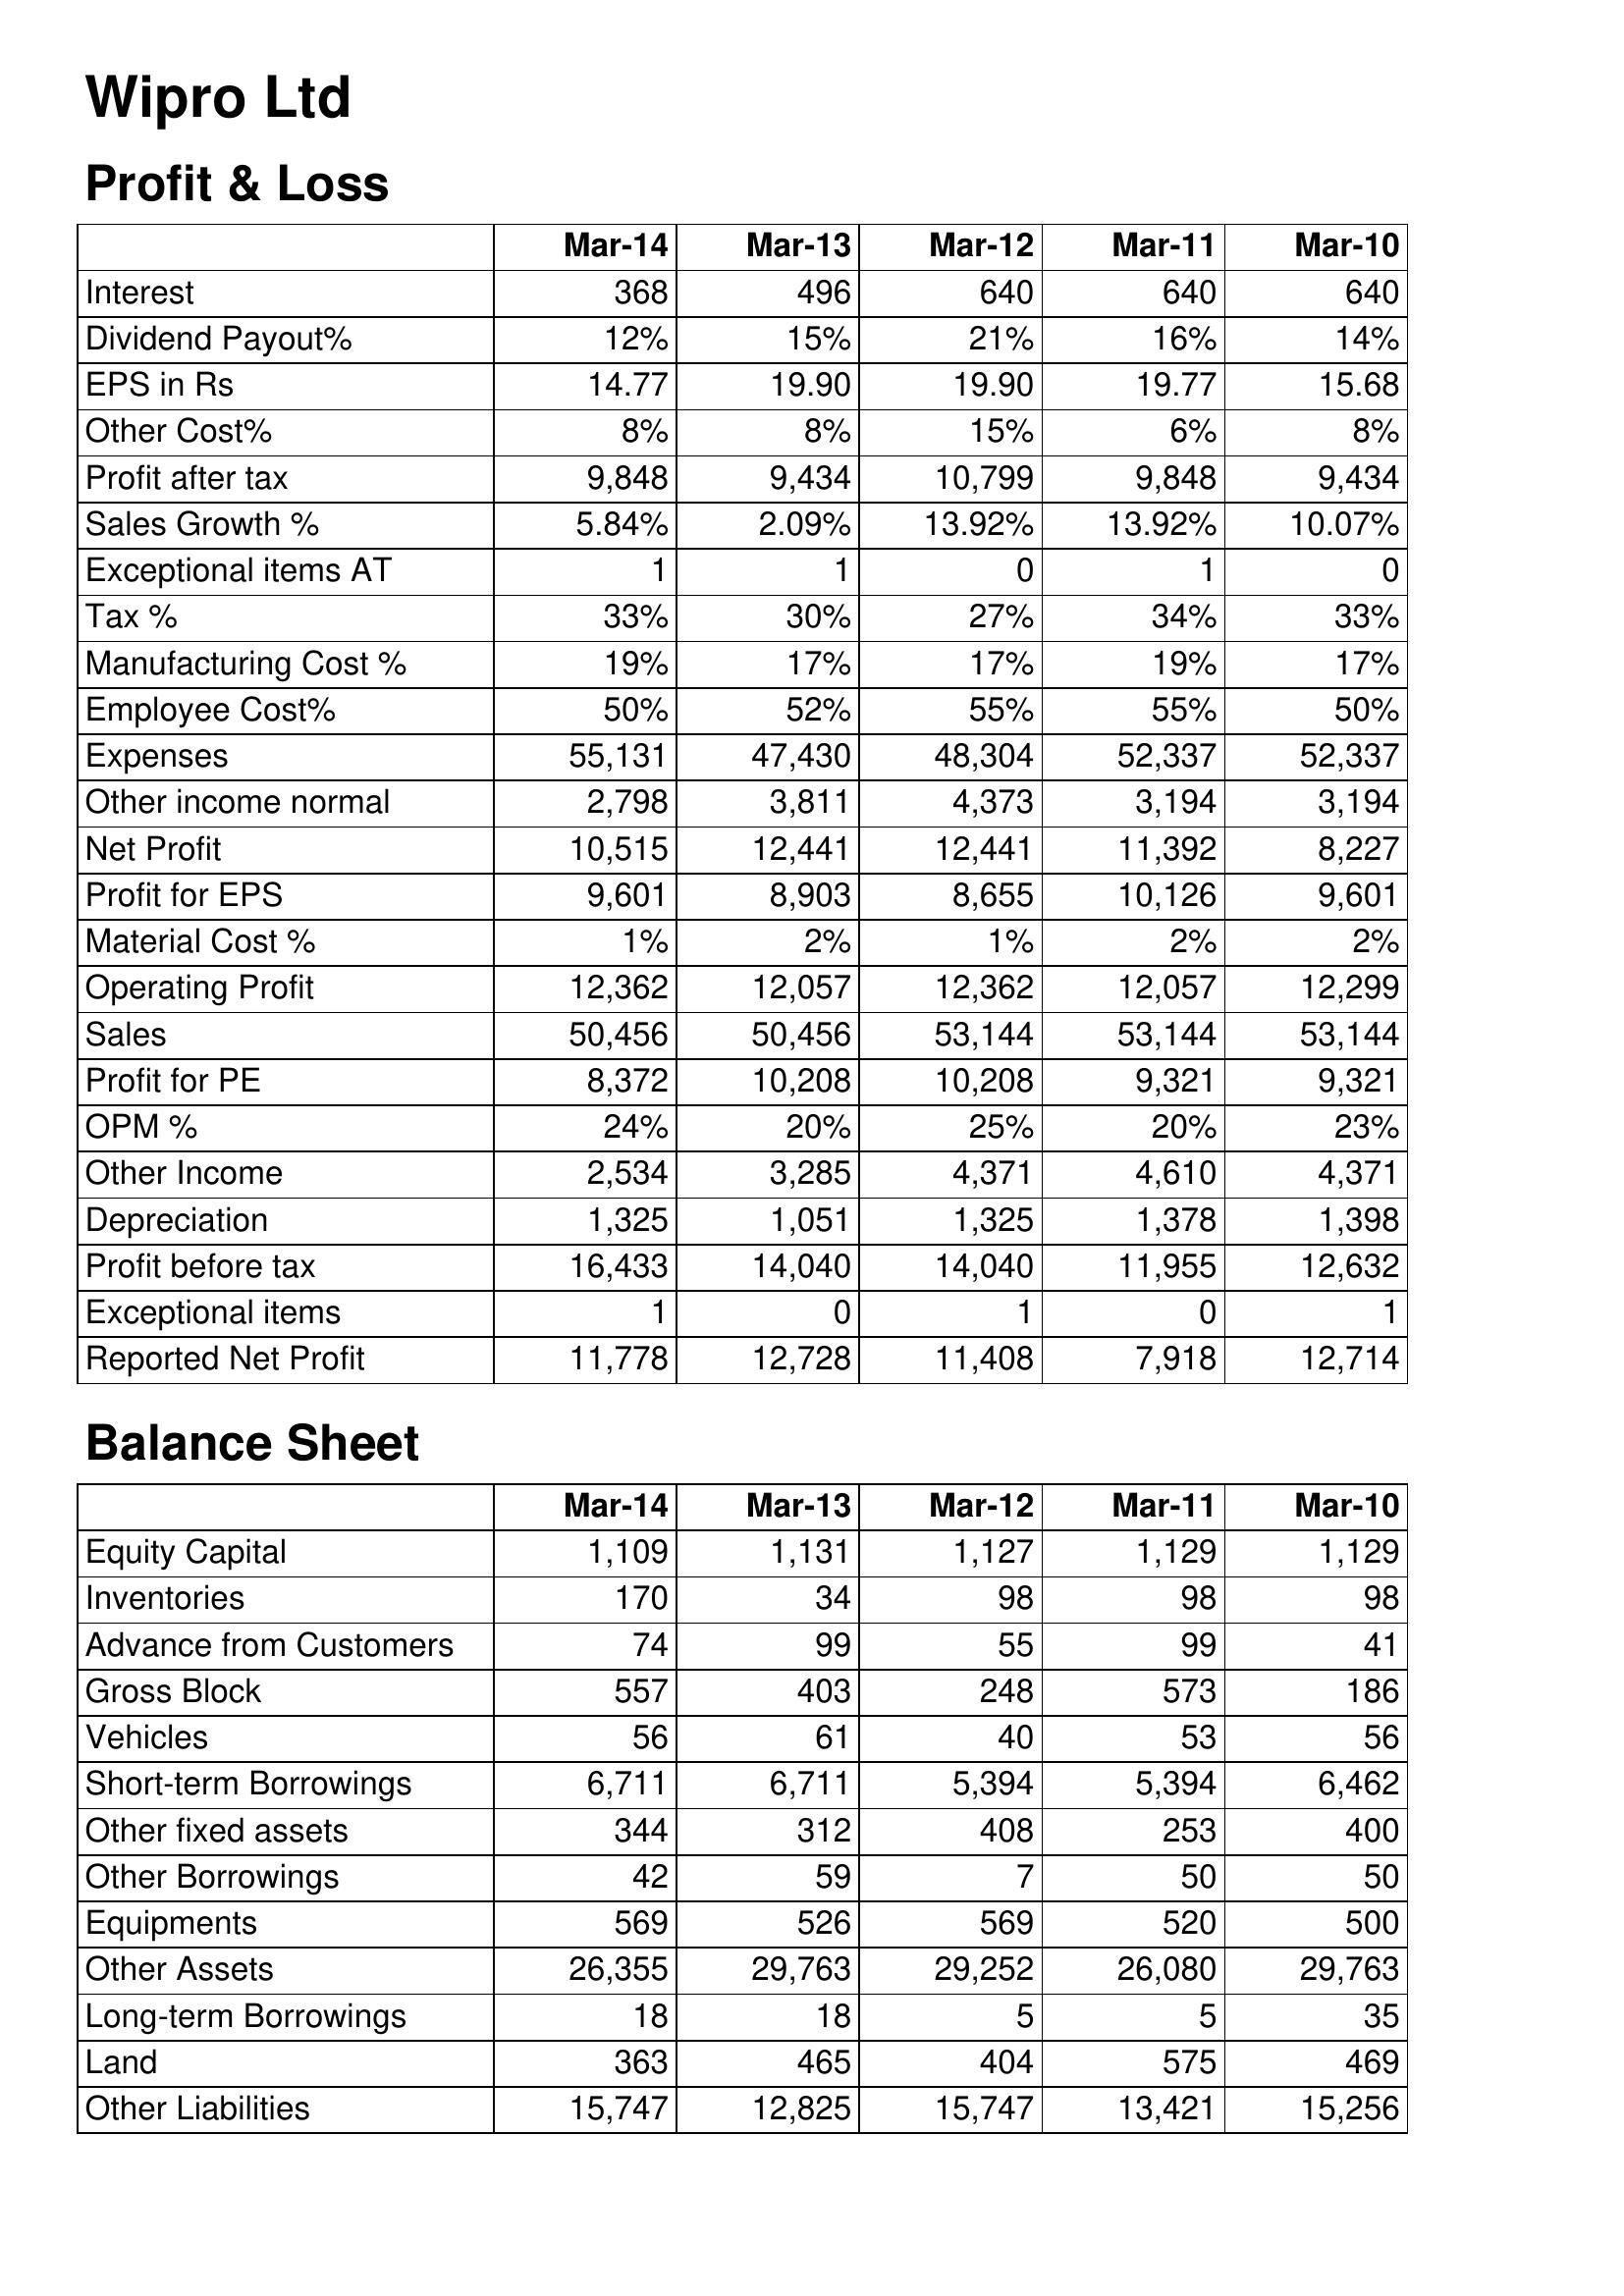
Mar-14: Profit & Loss: Interest: 368
Dividend Payout%: 12%
EPS in Rs: 14.77
Other Cost%: 8%
Profit after tax: 9,848
Sales Growth %: 5.84%
Exceptional items AT: 1
Tax %: 33%
Manufacturing Cost %: 19%
Employee Cost%: 50%
Expenses: 55,131
Other income normal: 2,798
Net Profit: 10,515
Profit for EPS: 9,601
Material Cost %: 1%
Operating Profit: 12,362
Sales: 50,456
Profit for PE: 8,372
OPM %: 24%
Other Income: 2,534
Depreciation: 1,325
Profit before tax: 16,433
Exceptional items: 1
Reported Net Profit: 11,778
Balance Sheet: Equity Capital: 1,109
Inventories: 170
Advance from Customers: 74
Gross Block: 557
Vehicles: 56
Short-term Borrowings: 6,711
Other fixed assets: 344
Other Borrowings: 42
Equipments: 569
Other Assets: 26,355
Long-term Borrowings: 18
Land: 363
Other Liabilities: 15,747
Mar-13: Profit & Loss: Interest: 496
Dividend Payout%: 15%
EPS in Rs: 19.90
Other Cost%: 8%
Profit after tax: 9,434
Sales Growth %: 2.09%
Exceptional items AT: 1
Tax %: 30%
Manufacturing Cost %: 17%
Employee Cost%: 52%
Expenses: 47,430
Other income normal: 3,811
Net Profit: 12,441
Profit for EPS: 8,903
Material Cost %: 2%
Operating Profit: 12,057
Sales: 50,456
Profit for PE: 10,208
OPM %: 20%
Other Income: 3,285
Depreciation: 1,051
Profit before tax: 14,040
Exceptional items: 0
Reported Net Profit: 12,728
Balance Sheet: Equity Capital: 1,131
Inventories: 34
Advance from Customers: 99
Gross Block: 403
Vehicles: 61
Short-term Borrowings: 6,711
Other fixed assets: 312
Other Borrowings: 59
Equipments: 526
Other Assets: 29,763
Long-term Borrowings: 18
Land: 465
Other Liabilities: 12,825
Mar-12: Profit & Loss: Interest: 640
Dividend Payout%: 21%
EPS in Rs: 19.90
Other Cost%: 15%
Profit after tax: 10,799
Sales Growth %: 13.92%
Exceptional items AT: 0
Tax %: 27%
Manufacturing Cost %: 17%
Employee Cost%: 55%
Expenses: 48,304
Other income normal: 4,373
Net Profit: 12,441
Profit for EPS: 8,655
Material Cost %: 1%
Operating Profit: 12,362
Sales: 53,144
Profit for PE: 10,208
OPM %: 25%
Other Income: 4,371
Depreciation: 1,325
Profit before tax: 14,040
Exceptional items: 1
Reported Net Profit: 11,408
Balance Sheet: Equity Capital: 1,127
Inventories: 98
Advance from Customers: 55
Gross Block: 248
Vehicles: 40
Short-term Borrowings: 5,394
Other fixed assets: 408
Other Borrowings: 7
Equipments: 569
Other Assets: 29,252
Long-term Borrowings: 5
Land: 404
Other Liabilities: 15,747
Mar-11: Profit & Loss: Interest: 640
Dividend Payout%: 16%
EPS in Rs: 19.77
Other Cost%: 6%
Profit after tax: 9,848
Sales Growth %: 13.92%
Exceptional items AT: 1
Tax %: 34%
Manufacturing Cost %: 19%
Employee Cost%: 55%
Expenses: 52,337
Other income normal: 3,194
Net Profit: 11,392
Profit for EPS: 10,126
Material Cost %: 2%
Operating Profit: 12,057
Sales: 53,144
Profit for PE: 9,321
OPM %: 20%
Other Income: 4,610
Depreciation: 1,378
Profit before tax: 11,955
Exceptional items: 0
Reported Net Profit: 7,918
Balance Sheet: Equity Capital: 1,129
Inventories: 98
Advance from Customers: 99
Gross Block: 573
Vehicles: 53
Short-term Borrowings: 5,394
Other fixed assets: 253
Other Borrowings: 50
Equipments: 520
Other Assets: 26,080
Long-term Borrowings: 5
Land: 575
Other Liabilities: 13,421
Mar-10: Profit & Loss: Interest: 640
Dividend Payout%: 14%
EPS in Rs: 15.68
Other Cost%: 8%
Profit after tax: 9,434
Sales Growth %: 10.07%
Exceptional items AT: 0
Tax %: 33%
Manufacturing Cost %: 17%
Employee Cost%: 50%
Expenses: 52,337
Other income normal: 3,194
Net Profit: 8,227
Profit for EPS: 9,601
Material Cost %: 2%
Operating Profit: 12,299
Sales: 53,144
Profit for PE: 9,321
OPM %: 23%
Other Income: 4,371
Depreciation: 1,398
Profit before tax: 12,632
Exceptional items: 1
Reported Net Profit: 12,714
Balance Sheet: Equity Capital: 1,129
Inventories: 98
Advance from Customers: 41
Gross Block: 186
Vehicles: 56
Short-term Borrowings: 6,462
Other fixed assets: 400
Other Borrowings: 50
Equipments: 500
Other Assets: 29,763
Long-term Borrowings: 35
Land: 469
Other Liabilities: 15,256